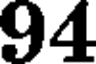
94